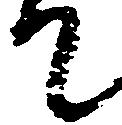
て